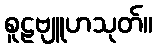
စူဠဗျူဟသုတ်။